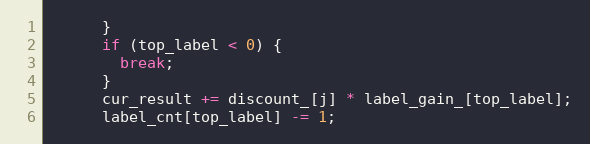
Language: C++
      }
      if (top_label < 0) {
        break;
      }
      cur_result += discount_[j] * label_gain_[top_label];
      label_cnt[top_label] -= 1;